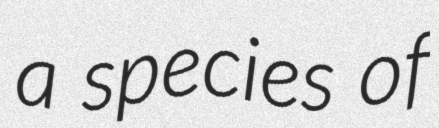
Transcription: a species of